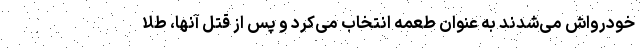
خودرواش می‌شدند به‌ عنوان طعمه انتخاب می‌کرد و پس از قتل آنها، طلا